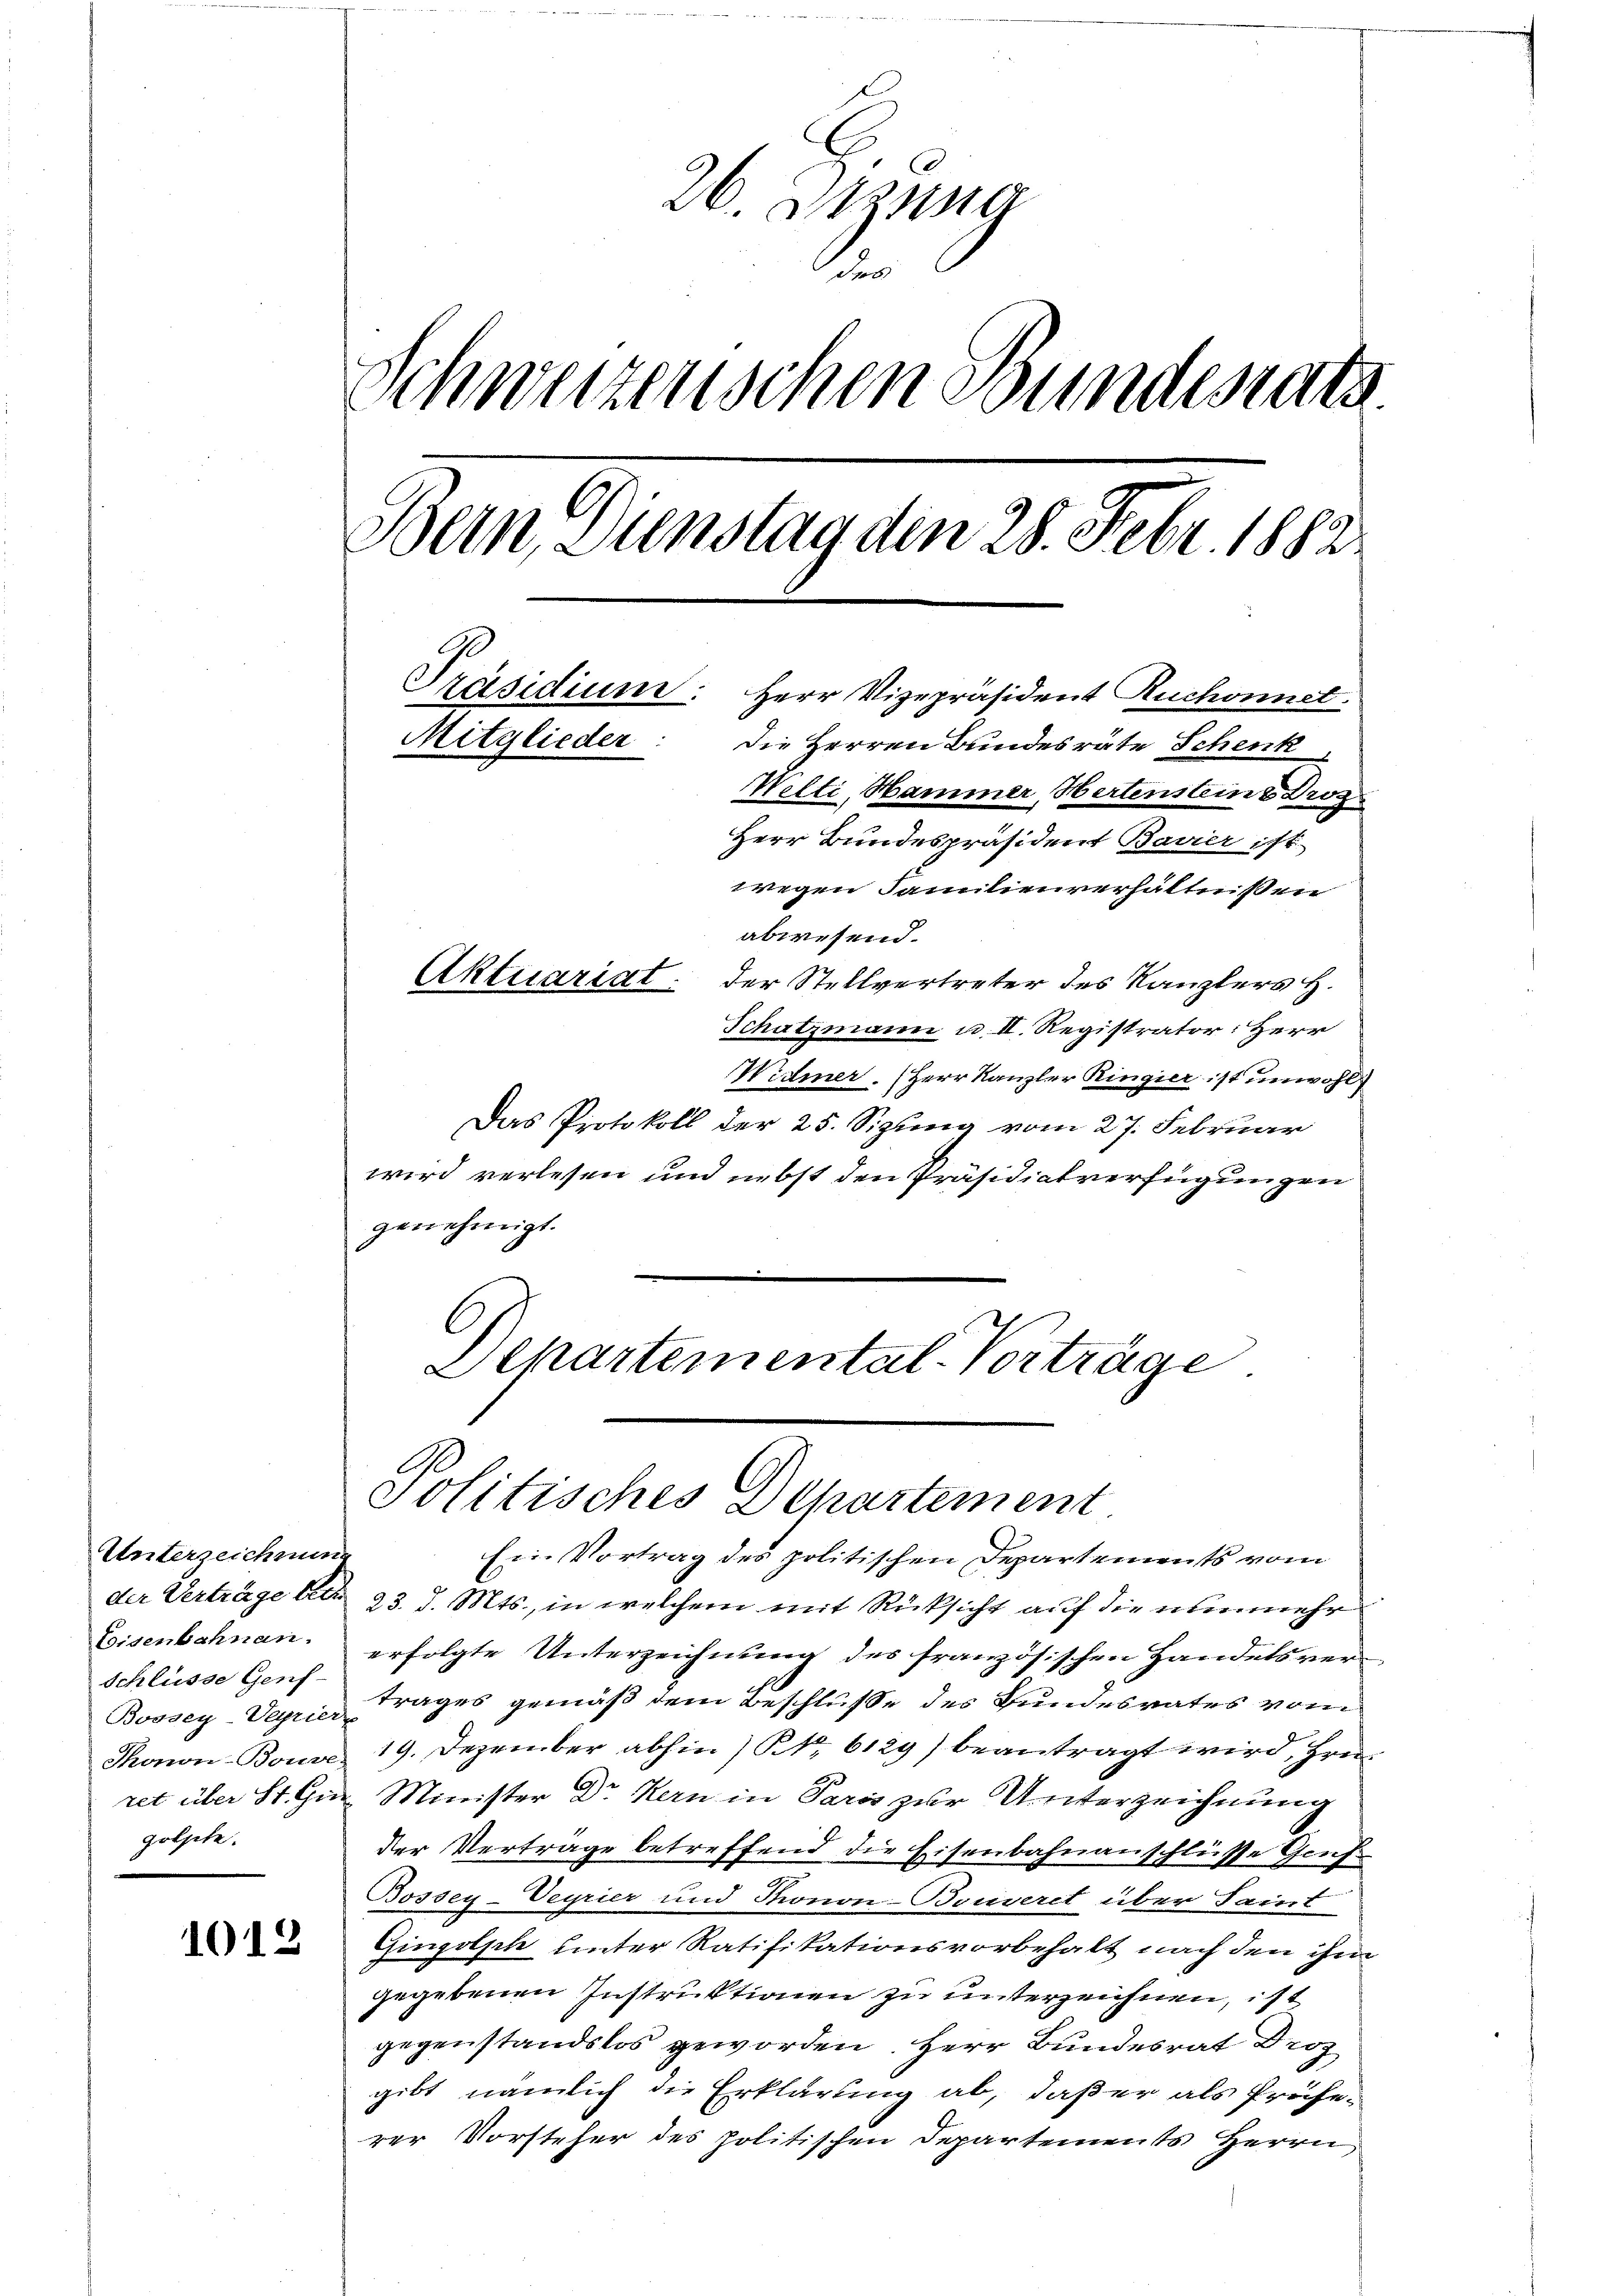
Unterzeichnung
Eisenbahnen.
Schlüsse Genf
golzete.

1012

26. Sitzung
1
Schweizerischen Bundesrath
Bern, Dienstag den 28. Febr. 1882
Präsidium: Herr Vizepräsident Ruchonnet.
Mitglieder
die Herren Bundesräte Schenk
Welti, Hammer, Hertensteine Droz
Herr Bundespräsident Bavier ist
wegen Familienverhältnißen
abwesend.
Aktuariat der Stellvertreter des Kanzlers H.
Schatzmann u. II. Registrator: Herr

Widmer. (Herr Kanzler Ringier ist unwohl
Das Protokoll der 25. Sizung vom 27. Februar
wird verlesen und nebst den Präsidialverfügungen
genehmigt.
Departemental-Vorträge

Politisches Departement

Ein Vortrag des politischen Departements vom
der Verträge betr. 23. d. Mts., in welchem mit Rücksicht auf die nunmehr
erfolgte Unterzeichnung des französischen Handelsver¬
Boosey den Tages gemäß dem Beschlusse des Bundesrates vom
Thonon-Bouve 19. Dezember abhin) S. 6129) beantragt wird, freiret über St. Gen. Minister Dr Kern in Paris zur Unterzeichnung
der Verträge betreffend die Eisenbahnanschlüsse Genf
Bossey-Deyrier und Thonon-Basseret über Sait
Gingolph unter Ratifikationsvorbehalt nach den ihm
gegebenen Instruktionen zu unterzeichnen, ist
gegenstandslos geworden. Herr Bundesrat Droz
gibt nämlich die Erklärung ab, daß er als Preferer Vorsteher des politischen Departements Herrn